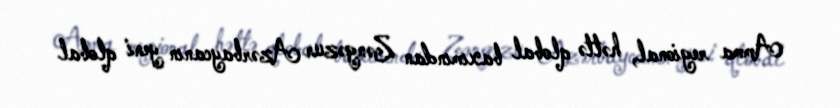
Amma regional, həttə qlobal baxımından Zəngəzur Azərbaycanın yeni qlobal